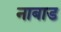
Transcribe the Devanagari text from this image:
नाबाड